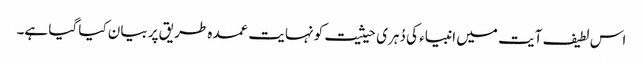
اس لطیف آیت میں انبیاء کی دُہری حیثیت کو نہایت عمدہ طریق پر بیان کیا گیا ہے۔